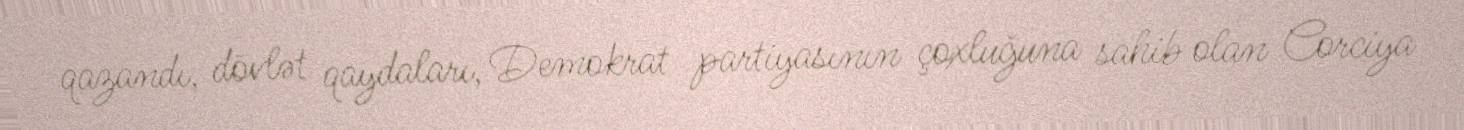
qazandı, dövlət qaydaları, Demokrat partiyasının çoxluğuna sahib olan Corciya